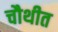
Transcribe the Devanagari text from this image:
चौथीत